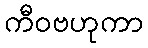
ကီဝဗဟုကာ